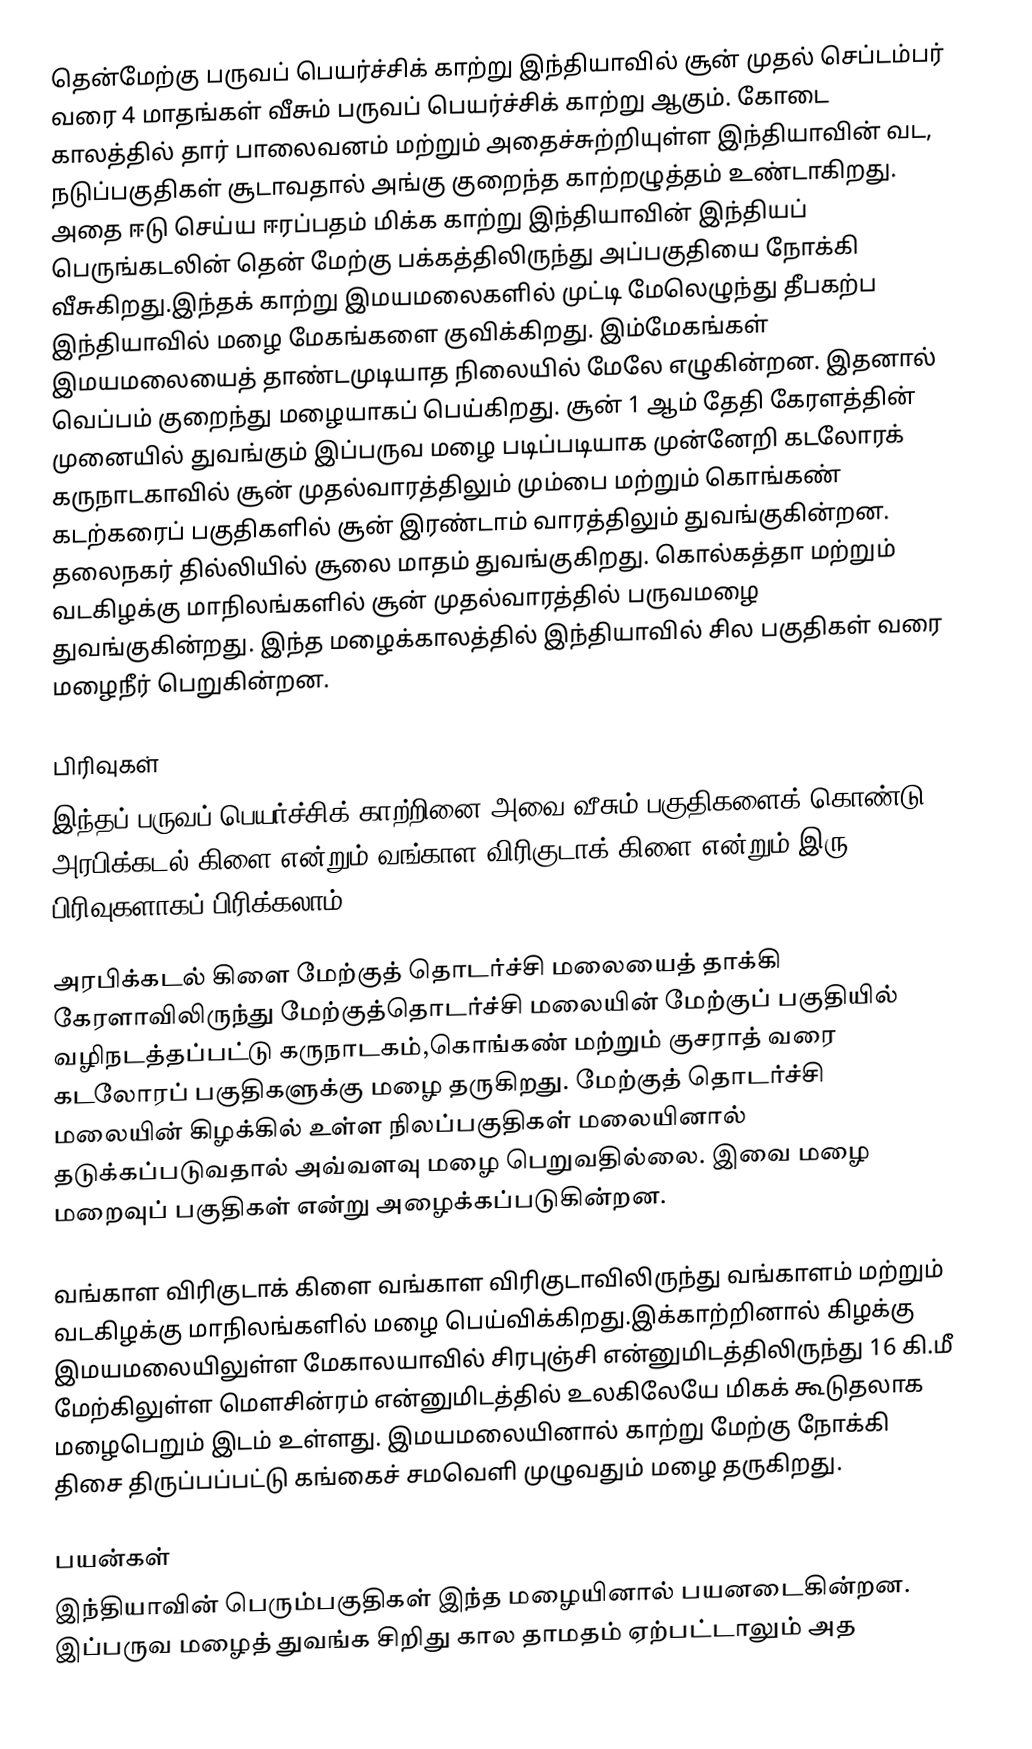
தென்மேற்கு பருவப் பெயர்ச்சிக் காற்று இந்தியாவில் சூன் முதல் செப்டம்பர் வரை 4 மாதங்கள் வீசும் பருவப் பெயர்ச்சிக் காற்று ஆகும். கோடை காலத்தில் தார் பாலைவனம் மற்றும் அதைச்சுற்றியுள்ள இந்தியாவின் வட, நடுப்பகுதிகள்  சூடாவதால் அங்கு குறைந்த காற்றழுத்தம் உண்டாகிறது. அதை ஈடு செய்ய ஈரப்பதம் மிக்க காற்று இந்தியாவின்  இந்தியப் பெருங்கடலின் தென் மேற்கு பக்கத்திலிருந்து அப்பகுதியை நோக்கி வீசுகிறது.இந்தக் காற்று இமயமலைகளில் முட்டி மேலெழுந்து தீபகற்ப இந்தியாவில் மழை மேகங்களை குவிக்கிறது. இம்மேகங்கள் இமயமலையைத் தாண்டமுடியாத நிலையில் மேலே எழுகின்றன. இதனால் வெப்பம் குறைந்து மழையாகப் பெய்கிறது. சூன் 1 ஆம் தேதி கேரளத்தின் முனையில் துவங்கும் இப்பருவ மழை படிப்படியாக முன்னேறி கடலோரக் கருநாடகாவில் சூன் முதல்வாரத்திலும் மும்பை மற்றும் கொங்கண் கடற்கரைப் பகுதிகளில் சூன் இரண்டாம் வாரத்திலும் துவங்குகின்றன. தலைநகர் தில்லியில் சூலை மாதம் துவங்குகிறது. கொல்கத்தா மற்றும் வடகிழக்கு மாநிலங்களில் சூன் முதல்வாரத்தில் பருவமழை துவங்குகின்றது. இந்த மழைக்காலத்தில் இந்தியாவில் சில பகுதிகள்  வரை மழைநீர் பெறுகின்றன.

பிரிவுகள்
இந்தப் பருவப் பெயர்ச்சிக் காற்றினை அவை வீசும் பகுதிகளைக் கொண்டு அரபிக்கடல் கிளை என்றும் வங்காள விரிகுடாக் கிளை என்றும் இரு பிரிவுகளாகப் பிரிக்கலாம்.

அரபிக்கடல் கிளை மேற்குத் தொடர்ச்சி மலையைத் தாக்கி கேரளாவிலிருந்து மேற்குத்தொடர்ச்சி மலையின் மேற்குப் பகுதியில் வழிநடத்தப்பட்டு கருநாடகம்,கொங்கண் மற்றும் குசராத் வரை கடலோரப் பகுதிகளுக்கு மழை தருகிறது. மேற்குத் தொடர்ச்சி மலையின் கிழக்கில் உள்ள நிலப்பகுதிகள் மலையினால் தடுக்கப்படுவதால் அவ்வளவு மழை பெறுவதில்லை. இவை மழை மறைவுப் பகுதிகள் என்று அழைக்கப்படுகின்றன.

வங்காள விரிகுடாக் கிளை வங்காள விரிகுடாவிலிருந்து வங்காளம் மற்றும் வடகிழக்கு மாநிலங்களில் மழை பெய்விக்கிறது.இக்காற்றினால் கிழக்கு இமயமலையிலுள்ள மேகாலயாவில் சிரபுஞ்சி என்னுமிடத்திலிருந்து 16 கி.மீ மேற்கிலுள்ள மௌசின்ரம் என்னுமிடத்தில் உலகிலேயே மிகக் கூடுதலாக மழைபெறும் இடம் உள்ளது. இமயமலையினால் காற்று மேற்கு நோக்கி திசை திருப்பப்பட்டு  கங்கைச் சமவெளி முழுவதும் மழை தருகிறது.

பயன்கள்
இந்தியாவின் பெரும்பகுதிகள் இந்த மழையினால் பயனடைகின்றன. இப்பருவ மழைத் துவங்க சிறிது கால தாமதம் ஏற்பட்டாலும் அத